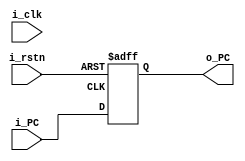
module PC (     //program counter 설계
    input i_clk, i_rstn,
    input [31:0] i_PC,
    output reg [31:0] o_PC
);
//clk마다 rstn이 1이면 i_PC에 o_PC로 출력
    always @(posedge clk, negedge i_rstn) begin
        begin
            if(!i_rstn)
            begin
                o_PC <= 32'd0;
            end
            else
            begin
                o_PC <= i_PC;
            end
        end
    end
endmodule